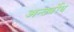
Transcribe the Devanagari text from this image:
अन्तर्बोध